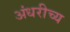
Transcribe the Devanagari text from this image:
अंधरीच्य